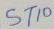
Text: ST10